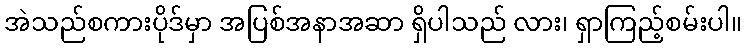
အဲသည်စကားပိုဒ်မှာ အပြစ်အနာအဆာ ရှိပါသည် လား၊ ရှာကြည့်စမ်းပါ။